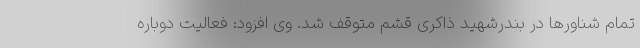
تمام شناورها در بندرشهید ذاکری قشم متوقف شد. وی افزود: فعالیت دوباره